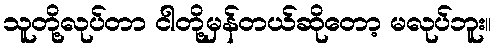
သူတို့လုပ်တာ ငါတို့မှန်တယ်ဆိုတော့ မလုပ်ဘူး။